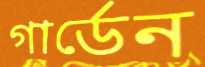
গার্ডেন